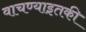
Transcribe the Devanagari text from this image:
वाचण्याइतकी